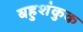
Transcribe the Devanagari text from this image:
बहुशंकुक